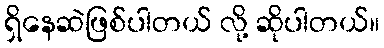
ရှိနေဆဲဖြစ်ပါတယ် လို့ ဆိုပါတယ်။